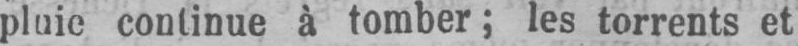
continue à tomber; les torrents et